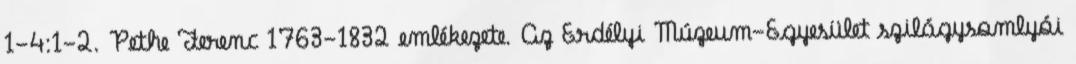
1-4:1-2. Pethe Ferenc 1763-1832 emlékezete. Az Erdélyi Múzeum-Egyesület szilágysomlyói